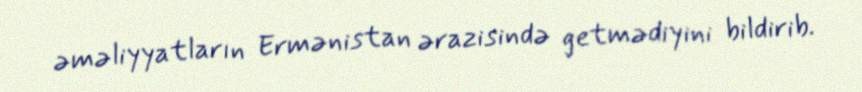
əməliyyatların Ermənistan ərazisində getmədiyini bildirib.